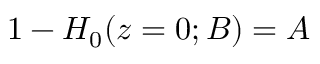
1 - H _ { 0 } ( z = 0 ; B ) = A